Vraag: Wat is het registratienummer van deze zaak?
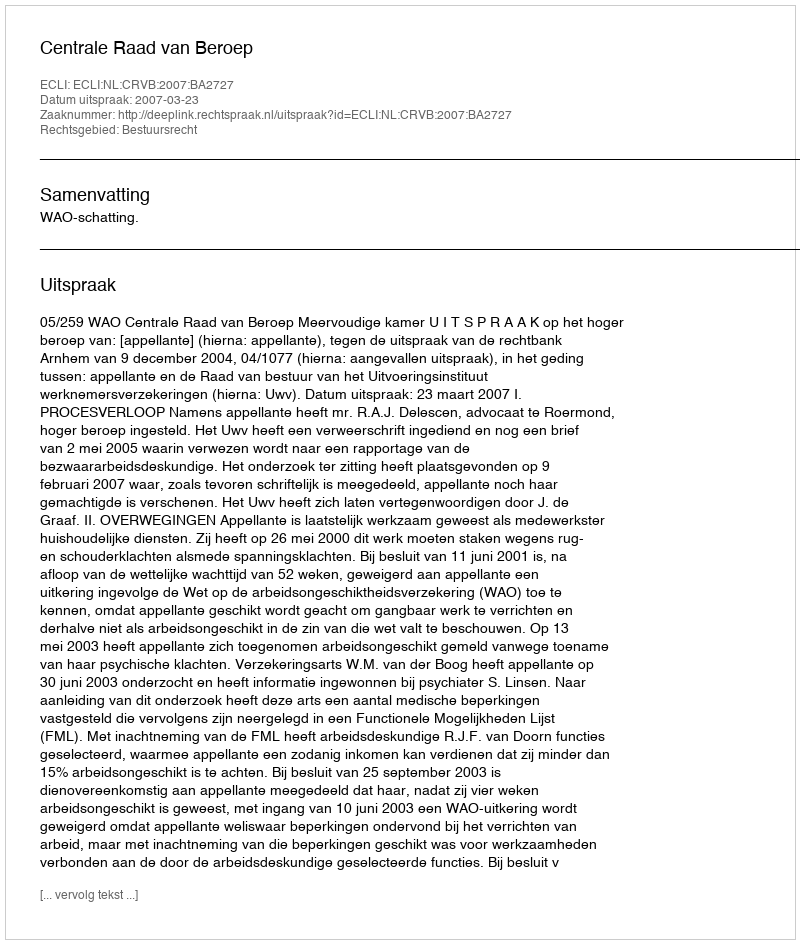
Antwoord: http://deeplink.rechtspraak.nl/uitspraak?id=ECLI:NL:CRVB:2007:BA2727